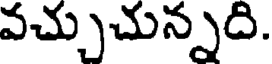
వచ్చుచున్నది.